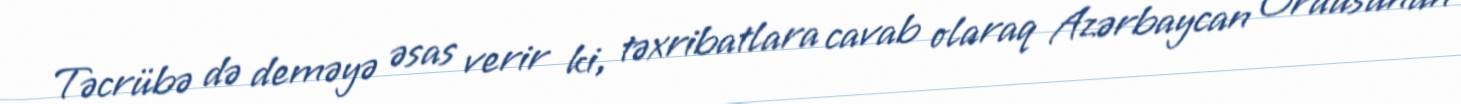
Təcrübə də deməyə əsas verir ki, təxribatlara cavab olaraq Azərbaycan Ordusunun